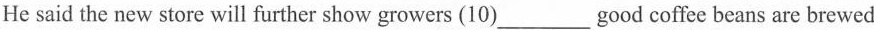
He said the new store will further show growers (10)___good coffee beans are brewed